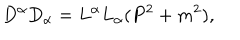
LaTeX: D ^ { \alpha } D _ { \alpha } = L ^ { \alpha } L _ { \alpha } ( P ^ { 2 } + m ^ { 2 } ) ,